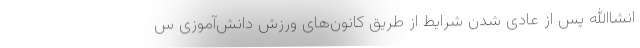
انشاالله پس از عادی شدن شرایط از طریق کانون‌های ورزش دانش‌آموزی س